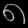
Digit: ၈